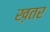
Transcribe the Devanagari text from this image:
ख़तर